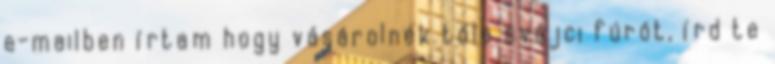
e-mailben írtam hogy vásárolnék tőle svájci fúrót, írd te